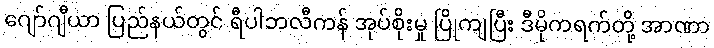
ဂျော်ဂျီယာ ပြည်နယ်တွင် ရီပါဘလီကန် အုပ်စိုးမှု ပြိုကျပြီး ဒီမိုကရက်တို့ အာဏာ